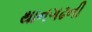
થાનગઢની